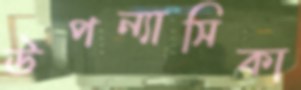
উপন্যাসিকা